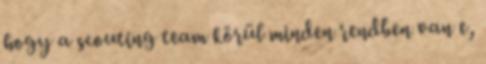
hogy a scouting team körül minden rendben van e,